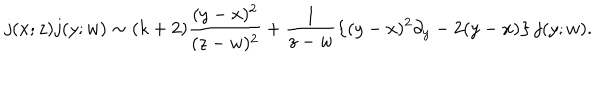
LaTeX: j ( x ; z ) j ( y ; w ) \sim ( k + 2 ) \frac { ( y - x ) ^ { 2 } } { ( z - w ) ^ { 2 } } + \frac { 1 } { z - w } \left\{ ( y - x ) ^ { 2 } \partial _ { y } - 2 ( y - x ) \right\} j ( y ; w ) .